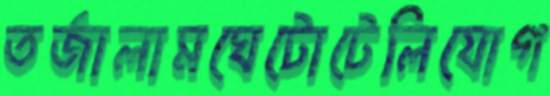
তর্জালামঘেটোটেলিযোগ